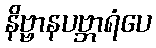
နိဗ္ဗာနပဗ္ဘာရံပေ